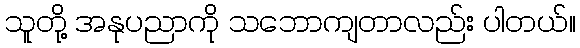
သူတို့ အနုပညာကို သဘောကျတာလည်း ပါတယ်။